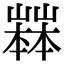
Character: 𡽒